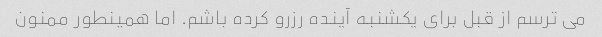
می ترسم از قبل برای یکشنبه آینده رزرو کرده باشم. اما همینطور ممنون